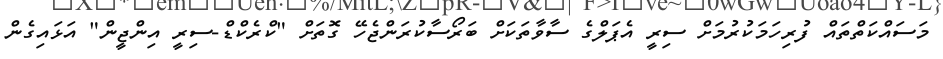
މަސައްކަތްތައް ފުރިހަމަކުރުމަށް ސިރީ އެޕަލްގެ ސާވާތަކަށް ބަރޯސާކުރަންޖެހޭ ގޮތަށް "ކްރެކްޑް-ސިރީ އިންޖީން" އަޅައިގެން